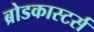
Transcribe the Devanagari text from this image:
ब्रोडकास्टर्स